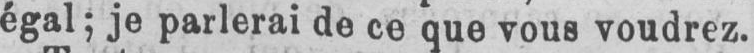
égal; je parlerai de ce que vous voudrez.